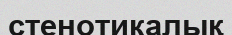
стенотикалық